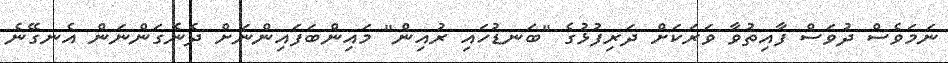
ނަމަވެސް ދުވަސް ފާއިތުވާ ވަރަކަށް ދަރިފުޅުގެ "ބަނޑުހައި ރުއިން" މައިންބަފައިންނަށް ދެނެގަންނަން އެނގޭނެ